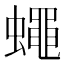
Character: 蠅